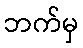
ဘက်မှ